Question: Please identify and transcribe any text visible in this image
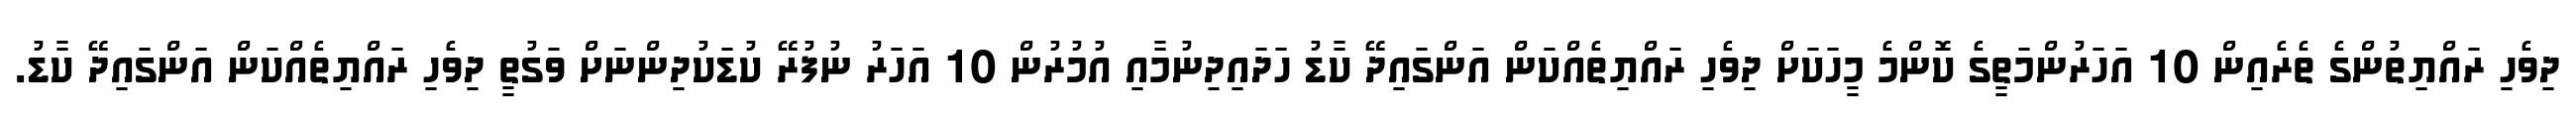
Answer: ދިވެހި ރައްޔިތުންގެ ތެރެއިން 10 އަހަރުންމަތީގެ ކޮންމެ މީހަކަށް ދިވެހި ރައްޔިތެއްކަން އަންގައިދޭ ކާޑު ހަދައިދިނުމާއި އުމުރުން 10 އަހަރު ނުފުރޭ ކުޑަކުދިންނަށް ވަގުތީ ދިވެހި ރައްޔިތެއްކަން އަންގައިދޭ ކާޑު.